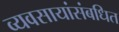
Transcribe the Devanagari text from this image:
व्यवसायांसंबधित